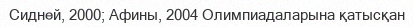
Сидней, 2000; Афины, 2004 Олимпиадаларына қатысқан